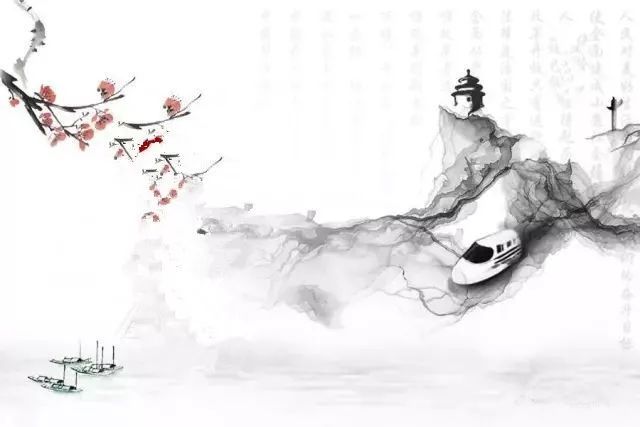
激水之疾，至于漂石者，势也鸷鸟之疾，至于毁折者，节也。